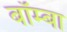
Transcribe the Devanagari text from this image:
बॉम्बा